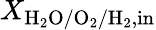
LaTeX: X_{\mathrm{H_{2}O/O_{2}/H_{2},in}}